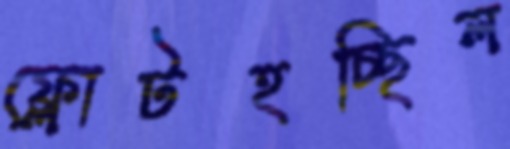
ফ্লোটহচ্ছিল